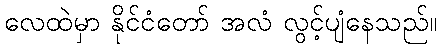
လေထဲမှာ နိုင်ငံတော် အလံ လွင့်ပျံနေသည်။